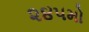
૨૪૫મો